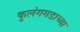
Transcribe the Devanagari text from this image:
कुलंगगडाच्या